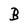
Character: B